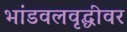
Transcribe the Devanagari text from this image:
भांडवलवृद्धीवर